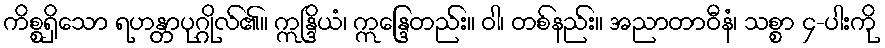
ကိစ္စရှိသော ရဟန္တာပုဂ္ဂိုလ်၏။ ဣန္ဒြိယံ၊ ဣန္ဒြေတည်း။ ဝါ၊ တစ်နည်း။ အညာတာဝီနံ၊ သစ္စာ ၄-ပါးကို